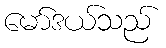
မော်ဒယ်သည်